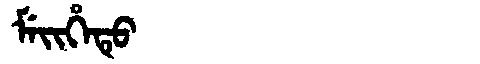
Manchu: ᠮᡝᡳᡥᡝᡨᡠ
Romanization: MEIHETU